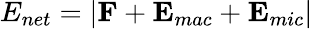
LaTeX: E_{net}=|{\mathbf{F}}+{\mathbf{E}}_{mac}+{\mathbf{E}}_{mic}|